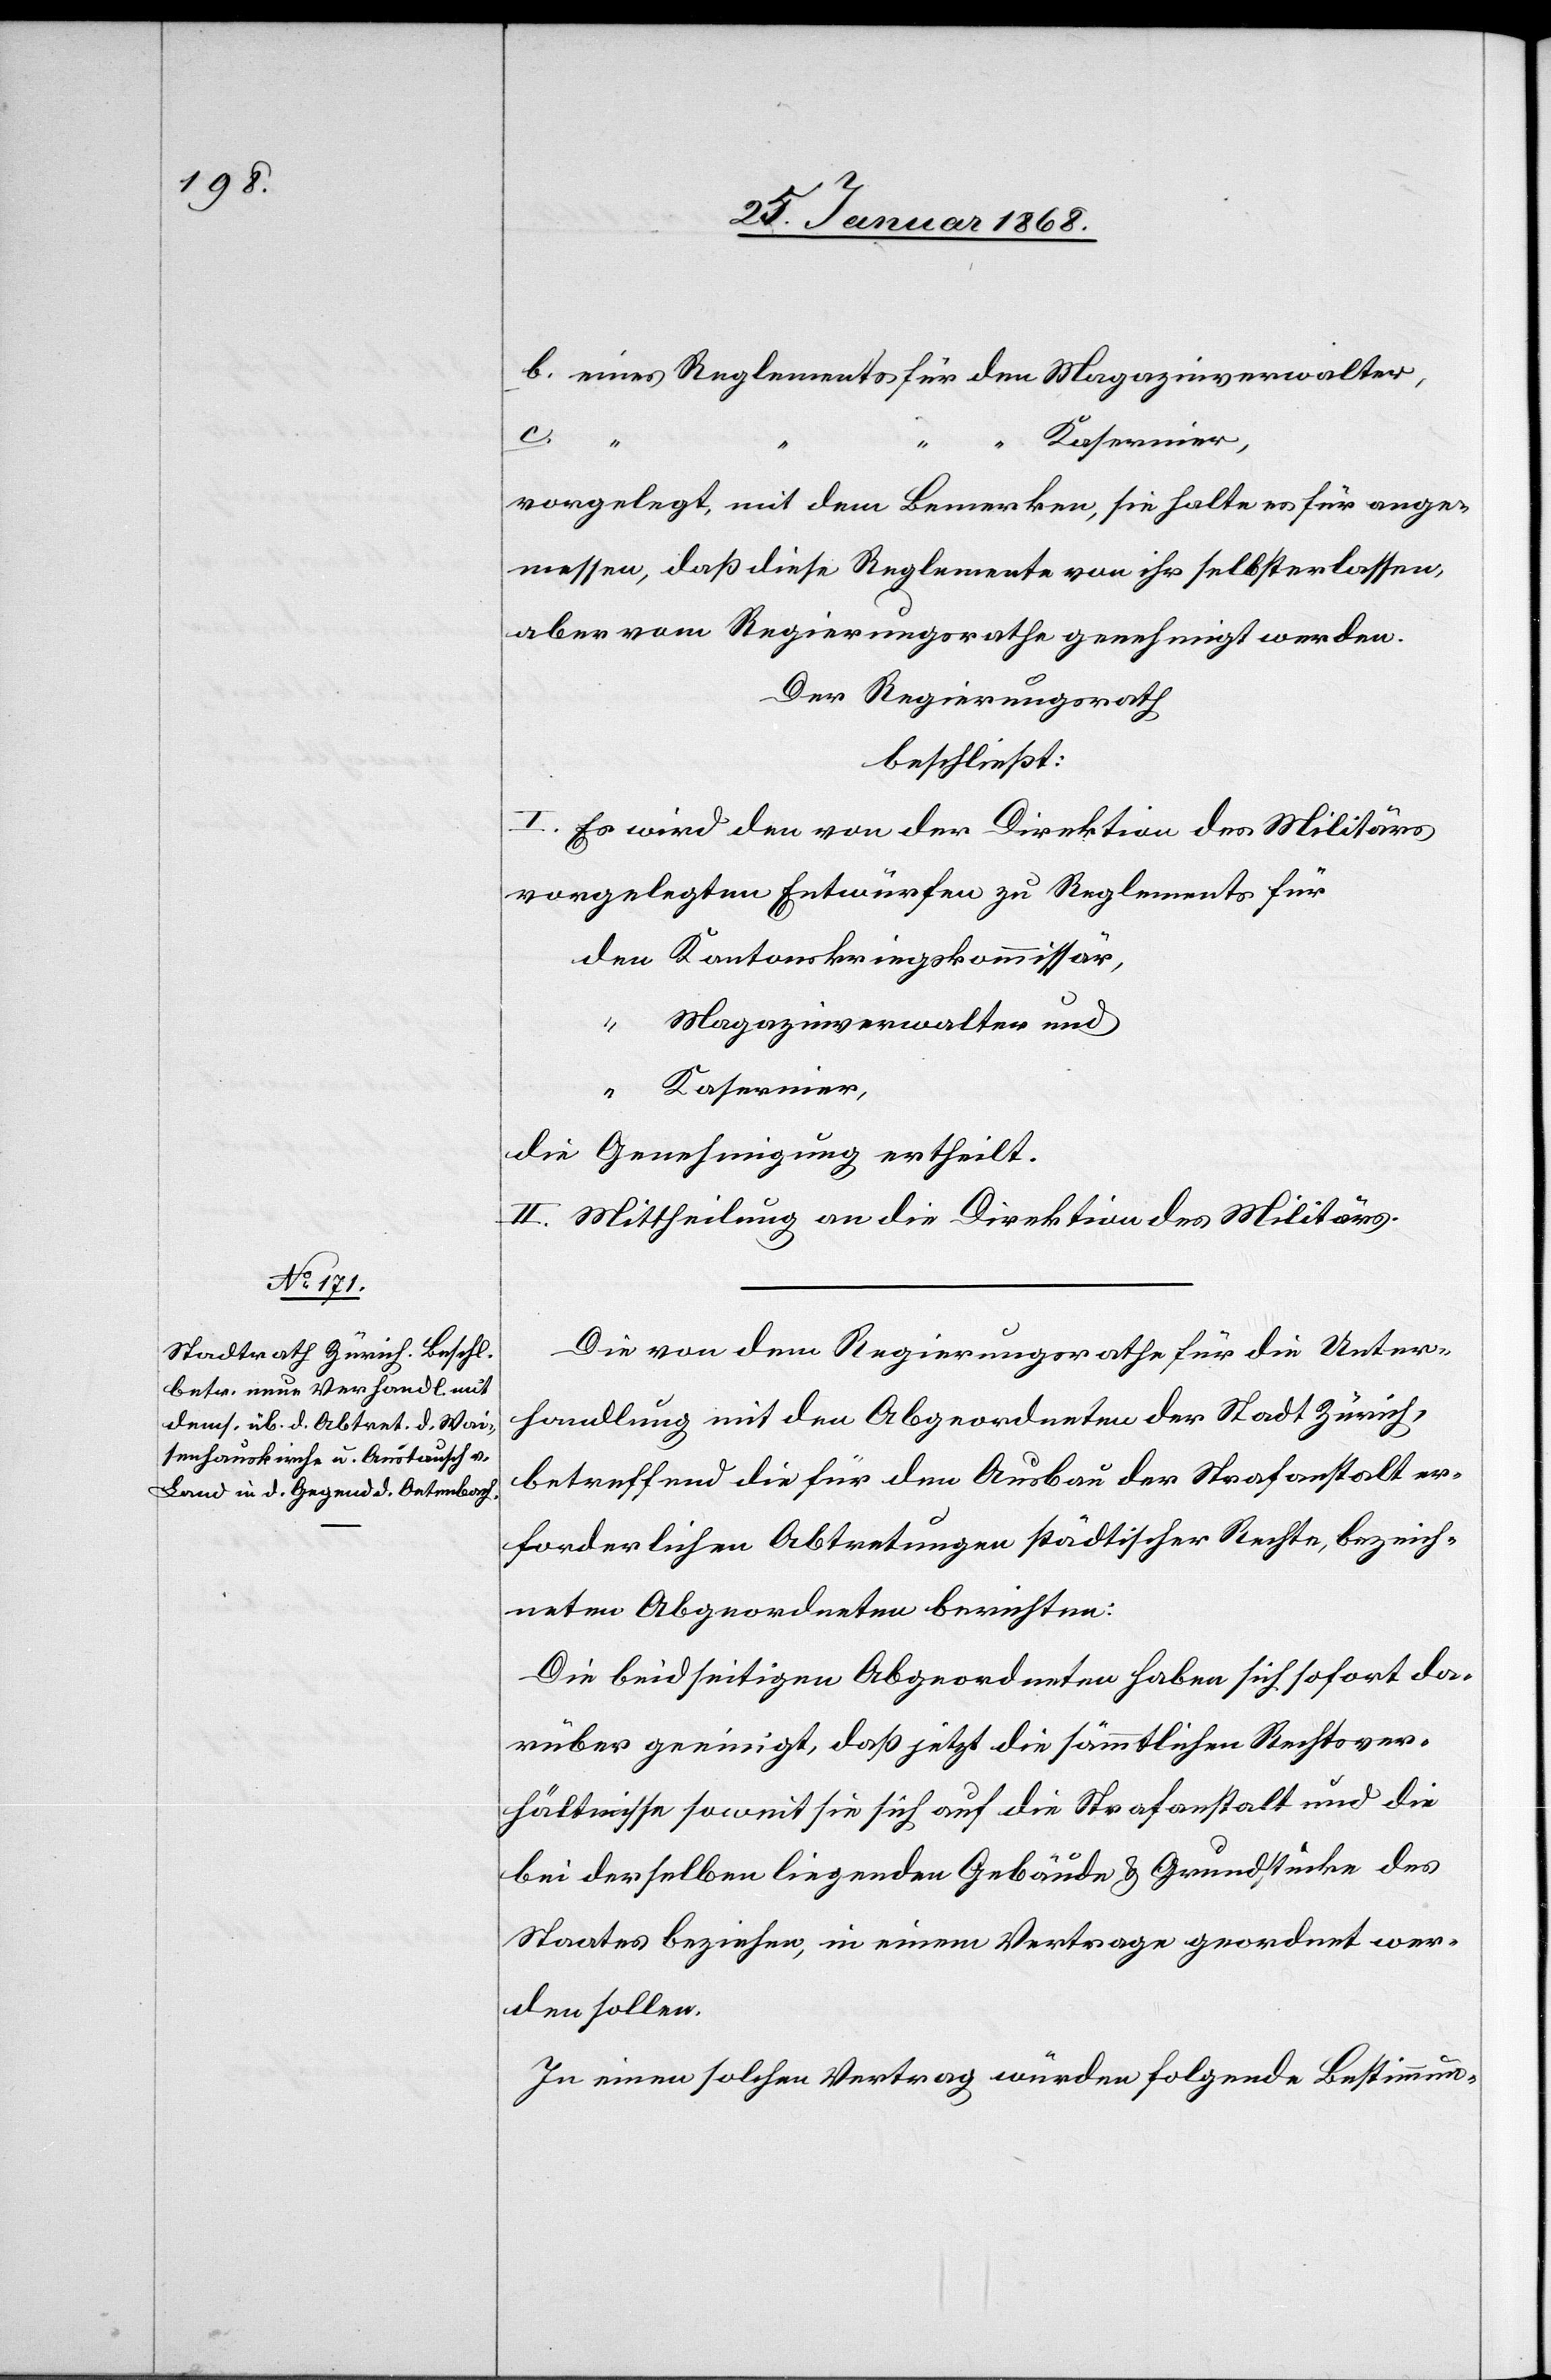
b. eines Reglements für den Magazinverwalter,
c. “
“ Kasernier,
vorgelegt, mit dem Bemerken, sie halte es für ange¬
messen, daß diese Reglemente von ihr selbst erlassen,
aber vom Regierungsrathe genehmigt werden.
Der Regierungsrath
beschließt:
I. Es wird den von der Direktion des Militärs
vorgelegten Entwürfen zu Reglements für
den Kantonskriegskommissär,
“ Magazinverwalter und
die Genehmigung ertheilt.
II. Mittheilung an die Direktion des Militärs.
Die von dem Regierungsrathe für die Unter¬
handlung mit den Abgeordneten der Stadt Zürich,
betreffend die für den Ausbau der Strafanstalt er¬
forderlichen Abtretungen städtischer Rechte, bezeich¬
neten Abgeordneten berichten:
[„]Die beidseitigen Abgeordneten haben sich sofort da¬
rüber geeinigt, daß jetzt die sämmtlichen Rechtsver¬
hältnisse soweit sie sich auf die Strafanstalt und die
bei derselben liegenden Gebäude & Grundstücke des
Staates beziehen, in einem Vertrage geordnet wer¬
den sollen.
In einen solchen Vertrag würden folgende Bestimmun-